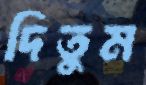
দিতুম